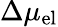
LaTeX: \Delta\mu_{\mathrm{el}}